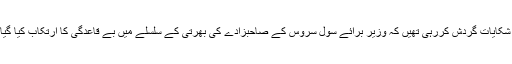
عرب نیوز کی رپورٹ کے مطابق سوشل میڈیا پر یہ شکایات گردش کررہی تھیں کہ وزیر برائے سول سروس کے صاحبزادے کی بھرتی کے سلسلے میں بے قاعدگی کا ارتکاب کیا گیا تھا، جس کے بعد ادارے نے تحقیقات کا آغاز کر دیا۔